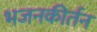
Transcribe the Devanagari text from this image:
भजनकीर्तन